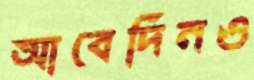
আবেদিনও